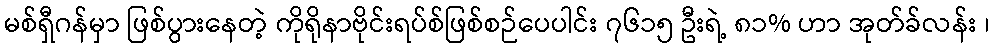
မစ်ရှီဂန်မှာ ဖြစ်ပွားနေတဲ့ ကိုရိုနာဗိုင်းရပ်စ်ဖြစ်စဉ်ပေပါင်း ၇၆၁၅ ဦးရဲ့ ၈၁% ဟာ အုတ်ခ်လန်း ၊